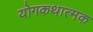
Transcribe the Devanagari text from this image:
योगकथात्मक